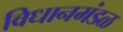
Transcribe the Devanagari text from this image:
विधानमंडळ